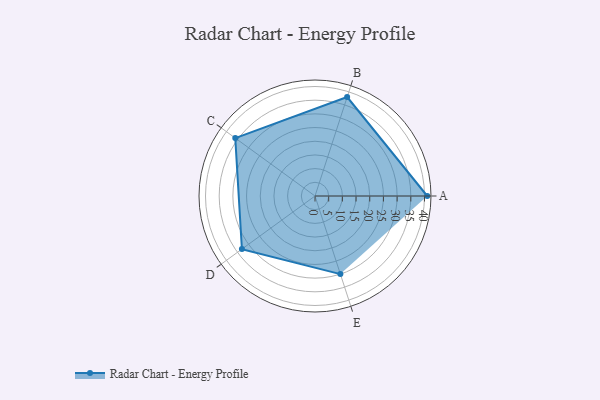
{"axis": {"x": "Skill", "y": "Score"}, "legend": ["Profile"], "data": [{"x": "A", "y": 41.0, "type": "Profile"}, {"x": "B", "y": 38.0, "type": "Profile"}, {"x": "C", "y": 36.0, "type": "Profile"}, {"x": "D", "y": 33.0, "type": "Profile"}, {"x": "E", "y": 30.0, "type": "Profile"}]}